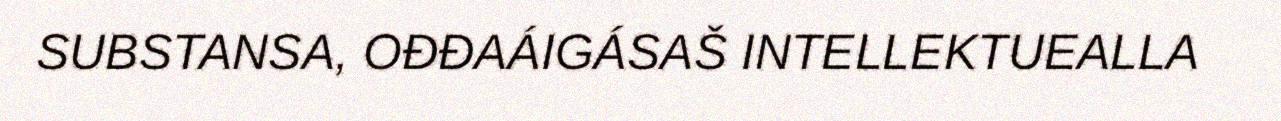
SUBSTANSA, OĐĐAÁIGÁSAŠ INTELLEKTUEALLA